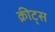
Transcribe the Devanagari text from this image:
क्रीट्स